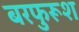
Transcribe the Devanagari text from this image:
बरफुरूश